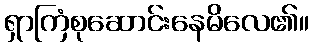
ရှာကြံစုဆောင်းနေမိလေ၏။